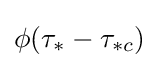
\phi (\tau _{*}-\tau _{*c})